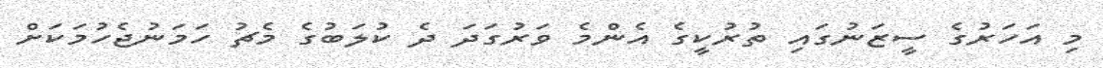
މި އަހަރުގެ ސީޒަނުގައި ތުރުކީގެ އެންމެ ވަރުގަދަ ދެ ކުލަބުގެ މެޗު ހަމަނުޖެހުމަކަށް